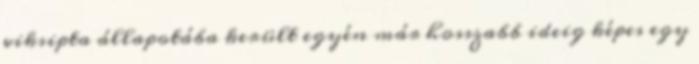
viksipta állapotába került egyén már hosszabb ideig képes egy